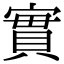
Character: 實